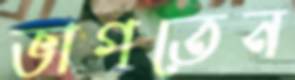
ভাগতেন